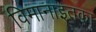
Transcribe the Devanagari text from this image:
विमानाइतका